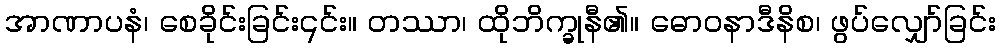
အာဏာပနံ၊ စေခိုင်းခြင်း၎င်း။ တဿာ၊ ထိုဘိက္ခုနီ၏။ ဓောဝနာဒီနိစ၊ ဖွပ်လျှော်ခြင်း